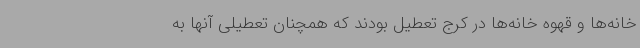
خانه‌ها و قهوه خانه‌ها در کرج تعطیل بودند که همچنان تعطیلی آنها به